Problem: 100 ÷ 10 = ?
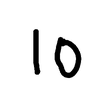
Handwritten answer: 10